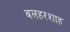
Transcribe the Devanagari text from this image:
बलहरशाह